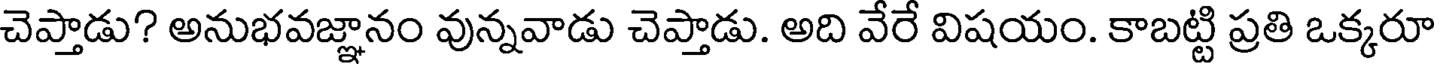
చెప్తాడు? అనుభవజ్ఞానం వున్నవాడు చెప్తాడు. అది వేరే విషయం. కాబట్టి ప్రతి ఒక్కరూ